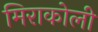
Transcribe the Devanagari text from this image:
मिराकोली